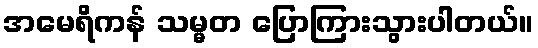
အမေရိကန် သမ္မတ ပြောကြားသွားပါတယ်။